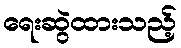
ရေးဆွဲထားသည့်